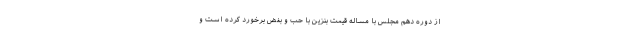
از دوره دهم مجلس با مساله قیمت بنزین با حب و بغض برخورد کرده است و